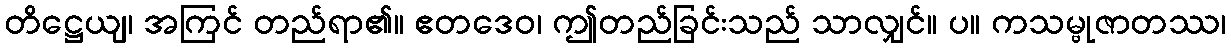
တိဋ္ဌေယျ၊ အကြင် တည်ရာ၏။ ဧတဒေဝ၊ ဤတည်ခြင်းသည် သာလျှင်။ ပ။ ကသမ္ဗုဇာတဿ၊